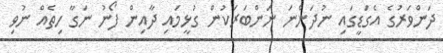
ދަންވަރުގެ އެގަޑީގައި ނުދަންނަ ނަންބަރަކުން ގުޅީމައި ދާއިން ފޯނު ނަގާ ހިތެއް ނުވި